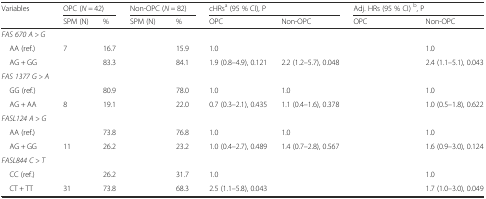
<table><thead><tr><td><b>Variables</b></td><td colspan="2"><b>OPC (<i>N =</i> 42)</b></td><td colspan="2"><b>Non-OPC (<i>N =</i> 82)</b></td><td colspan="2"><b>cHRs<sup>a</sup> (95 % CI), P</b></td><td colspan="2"><b>Adj. HRs (95 % CI) <sup>b</sup>, P</b></td></tr><tr><td>[EMPTY_CELL]</td><td><b>SPM (N)</b></td><td><b>%</b></td><td><b>SPM (N)</b></td><td><b>%</b></td><td><b>OPC</b></td><td><b>Non-OPC</b></td><td><b>OPC</b></td><td><b>Non-OPC</b></td></tr></thead><tbody><tr><td><i>FAS 670 A &gt; G</i></td><td>[EMPTY_CELL]</td><td>[EMPTY_CELL]</td><td>[EMPTY_CELL]</td><td>[EMPTY_CELL]</td><td>[EMPTY_CELL]</td><td>[EMPTY_CELL]</td><td>[EMPTY_CELL]</td><td>[EMPTY_CELL]</td></tr><tr><td> AA (ref.)</td><td>7</td><td>16.7</td><td>[EMPTY_CELL]</td><td>15.9</td><td>1.0</td><td>[EMPTY_CELL]</td><td>[EMPTY_CELL]</td><td>1.0</td></tr><tr><td> AG + GG</td><td>[EMPTY_CELL]</td><td>83.3</td><td>[EMPTY_CELL]</td><td>84.1</td><td>1.9 (0.8–4.9), 0.121</td><td>2.2 (1.2–5.7), 0.048</td><td>[EMPTY_CELL]</td><td>2.4 (1.1–5.1), 0.043</td></tr><tr><td><i>FAS 1377 G &gt; A</i></td><td>[EMPTY_CELL]</td><td>[EMPTY_CELL]</td><td>[EMPTY_CELL]</td><td>[EMPTY_CELL]</td><td>[EMPTY_CELL]</td><td>[EMPTY_CELL]</td><td>[EMPTY_CELL]</td><td>[EMPTY_CELL]</td></tr><tr><td> GG (ref.)</td><td>[EMPTY_CELL]</td><td>80.9</td><td>[EMPTY_CELL]</td><td>78.0</td><td>1.0</td><td>1.0</td><td>[EMPTY_CELL]</td><td>1.0</td></tr><tr><td> AG + AA</td><td>8</td><td>19.1</td><td>[EMPTY_CELL]</td><td>22.0</td><td>0.7 (0.3–2.1), 0.435</td><td>1.1 (0.4–1.6), 0.378</td><td>[EMPTY_CELL]</td><td>1.0 (0.5–1.8), 0.622</td></tr><tr><td><i>FASL124 A &gt; G</i></td><td>[EMPTY_CELL]</td><td>[EMPTY_CELL]</td><td>[EMPTY_CELL]</td><td>[EMPTY_CELL]</td><td>[EMPTY_CELL]</td><td>[EMPTY_CELL]</td><td>[EMPTY_CELL]</td><td>[EMPTY_CELL]</td></tr><tr><td> AA (ref.)</td><td>[EMPTY_CELL]</td><td>73.8</td><td>[EMPTY_CELL]</td><td>76.8</td><td>1.0</td><td>1.0</td><td>[EMPTY_CELL]</td><td>1.0</td></tr><tr><td> AG + GG</td><td>11</td><td>26.2</td><td>[EMPTY_CELL]</td><td>23.2</td><td>1.0 (0.4–2.7), 0.489</td><td>1.4 (0.7–2.8), 0.567</td><td>[EMPTY_CELL]</td><td>1.6 (0.9–3.0), 0.124</td></tr><tr><td><i>FASL844 C &gt; T</i></td><td>[EMPTY_CELL]</td><td>[EMPTY_CELL]</td><td>[EMPTY_CELL]</td><td>[EMPTY_CELL]</td><td>[EMPTY_CELL]</td><td>[EMPTY_CELL]</td><td>[EMPTY_CELL]</td><td>[EMPTY_CELL]</td></tr><tr><td> CC (ref.)</td><td>[EMPTY_CELL]</td><td>26.2</td><td>[EMPTY_CELL]</td><td>31.7</td><td>1.0</td><td>[EMPTY_CELL]</td><td>[EMPTY_CELL]</td><td>1.0</td></tr><tr><td> CT + TT</td><td>31</td><td>73.8</td><td>[EMPTY_CELL]</td><td>68.3</td><td>2.5 (1.1–5.8), 0.043</td><td>[EMPTY_CELL]</td><td>[EMPTY_CELL]</td><td>1.7 (1.0–3.0), 0.049</td></tr></tbody></table>